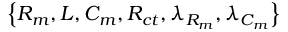
\left\{ R _ { m } , L , C _ { m } , R _ { c t } , \lambda _ { R _ { m } } , \lambda _ { C _ { m } } \right\}